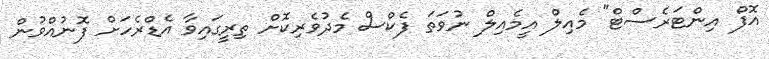
އޮފް އިންޓަރެސްޓް" މެއިލް އީމެއިލް ނުވަތަ ފެކްސް މެދުވެރިކޮށް ތިރީގައިވާ އެޑްރެހަށް ފޮނުއްވުން